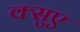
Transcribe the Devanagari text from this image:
क्सुए